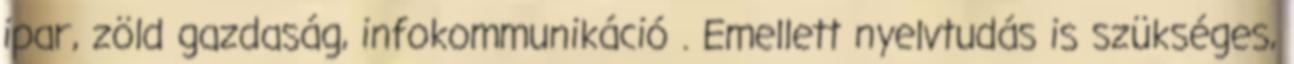
ipar, zöld gazdaság, infokommunikáció . Emellett nyelvtudás is szükséges,